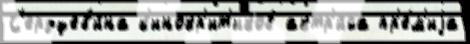
С'ердцев'и́на к'инокр'ит'иков актр'и́са пр'е́м'иjа